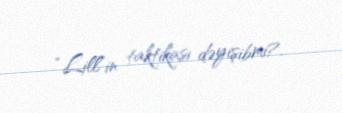
“Lill”in taktikası dəyişibmi?.